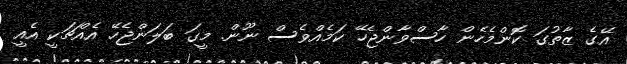
އޭގެ ޒާތުގަ ކޮންމެހެން ހާސްވާންޖެހޭ ކަމެއްވެސް ނޫން. މީގަ ބަލަންޖެހޭ އެއްޗަކީ އެއީ